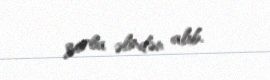
zorla əlindən alıb.